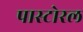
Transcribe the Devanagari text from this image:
पास्टोरल